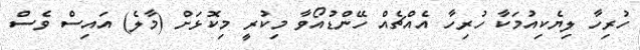
ހުރިހާ ލިޔެކިއުމަކާ ހުރިހާ އެއްޗެއް ހޭންޑުއޯވާ މިކުރީ މިކޮޅަށް (މާލެ) އައިސް ވެސް